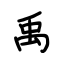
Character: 禹